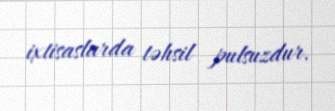
ixtisaslarda təhsil pulsuzdur.